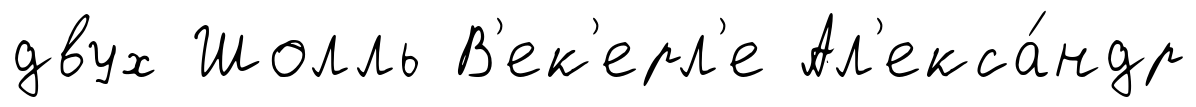
двух Шолль В'ек'ерл'е Ал'екса́ндр